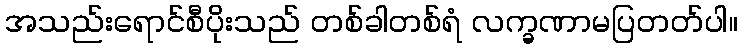
အသည်းရောင်စီပိုးသည် တစ်ခါတစ်ရံ လက္ခဏာမပြတတ်ပါ။